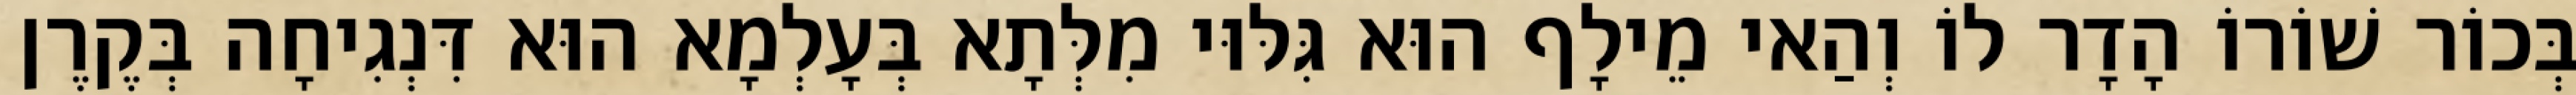
בְּכוֹר שׁוֹרוֹ הָדָר לוֹ וְהַאי מֵילָף הוּא גִּלּוּי מִלְּתָא בְּעָלְמָא הוּא דִּנְגִיחָה בְּקֶרֶן